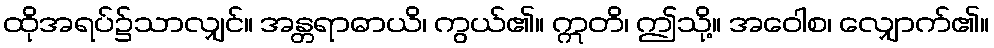
ထိုအရပ်၌သာလျှင်။ အန္တရာဓာယိ၊ ကွယ်၏။ ဣတိ၊ ဤသို့။ အဝေါစ၊ လျှောက်၏။